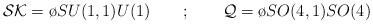
LaTeX: \begin{align*}{\cal SK}={\o{SU(1,1)}{U(1)}} \quad \quad ; \quad \quad {\cal Q}= {\o{SO(4,1)}{SO(4)}}\end{align*}